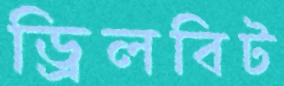
ড্রিলবিট